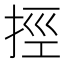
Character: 挳